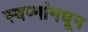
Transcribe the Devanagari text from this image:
स्वप्नांमधून